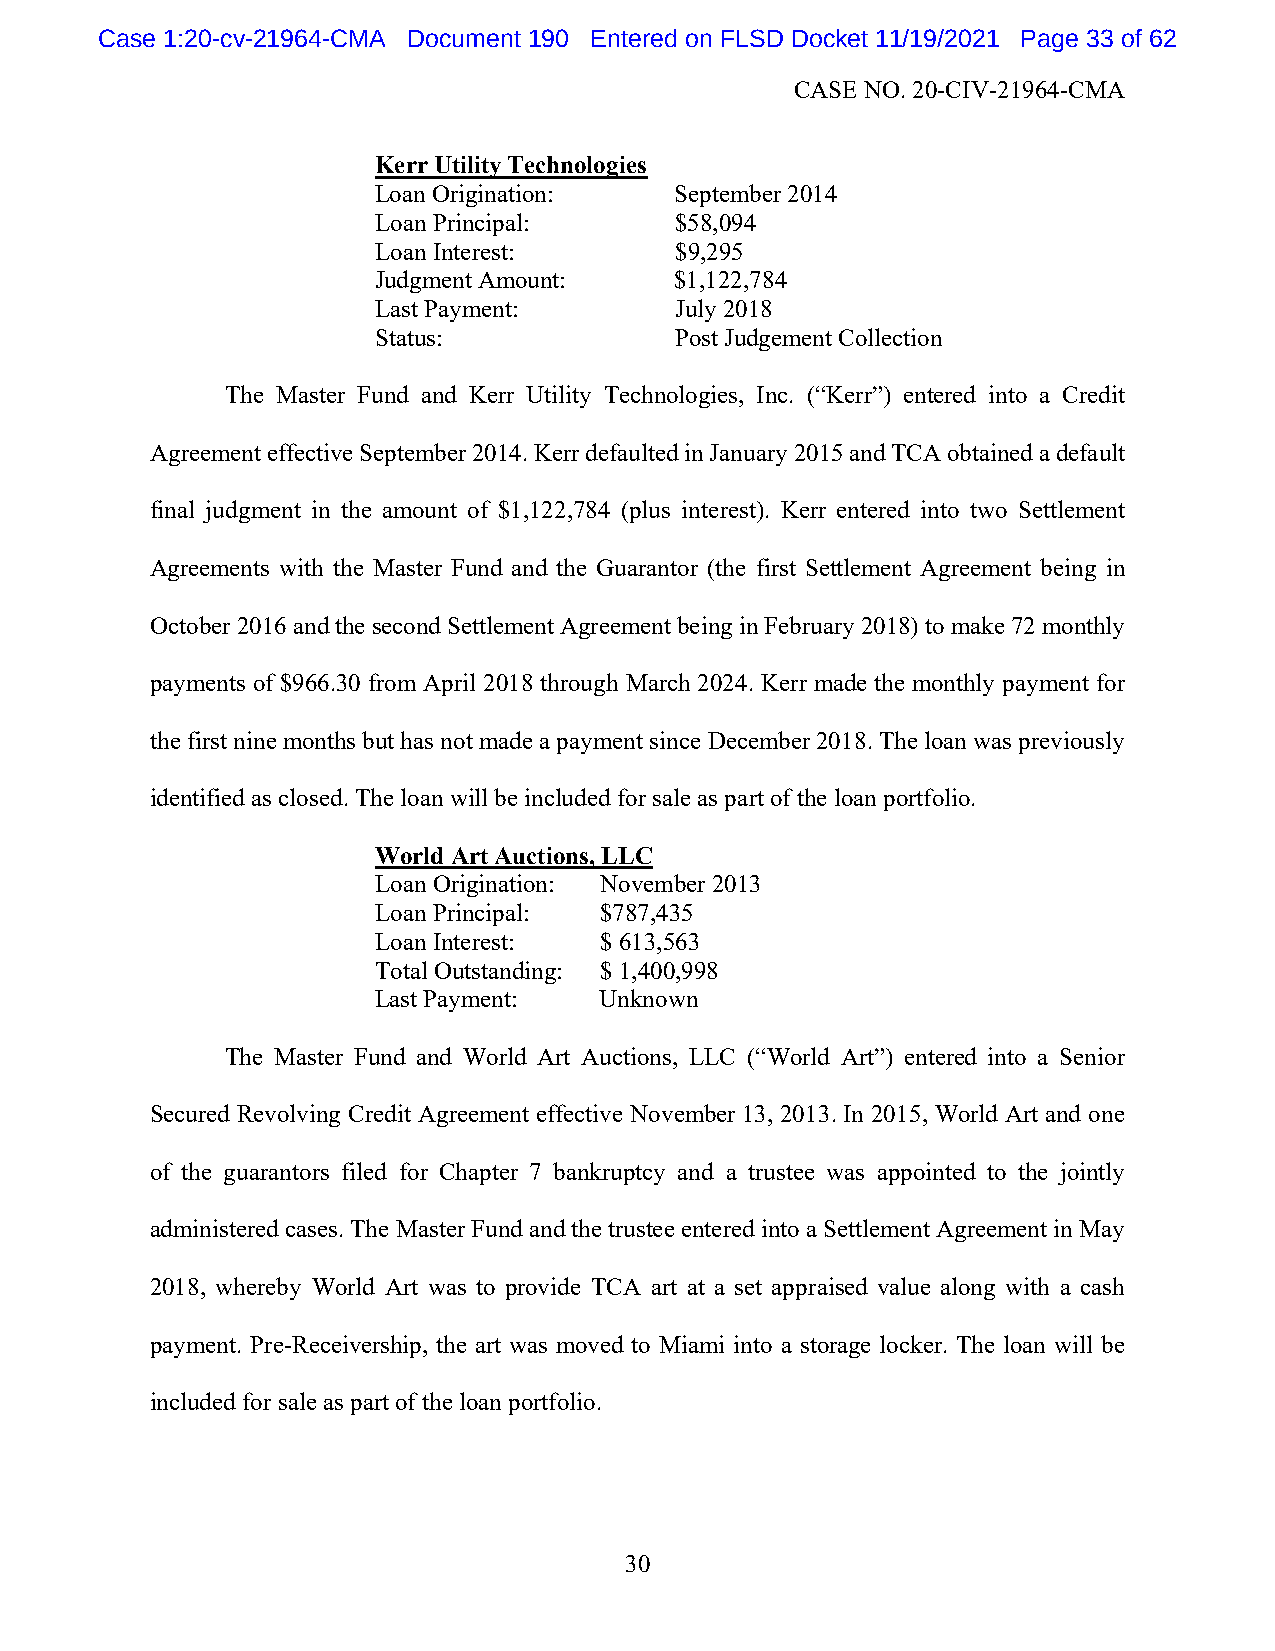
Case 1:20-cv-21964-CMA Document 190 Entered on FLSD Docket 11/19/2021 Page 33 of 62
 CASE NO. 20-CIV-21964-CMA
 Kerr Utility Technologies
 Loan Origination:   September 2014
 Loan Principal:     $58,094
 Loan Interest:      $9,295
 Judgment Amount:    $1,122,784
 Last Payment:       July 2018
 Status:             Post Judgement Collection
 The Master Fund and Kerr Utility Technologies, Inc. (“Kerr”) entered into a Credit
 Agreement effective September 2014. Kerr defaulted in January 2015 and TCA obtained a default
 final judgment in the amount of $1,122,784 (plus interest). Kerr entered into two Settlement
 Agreements with the Master Fund and the Guarantor (the first Settlement Agreement being in
 October 2016 and the second Settlement Agreement being in February 2018) to make 72 monthly
 payments of $966.30 from April 2018 through March 2024. Kerr made the monthly payment for
 the first nine months but has not made a payment since December 2018. The loan was previously
 identified as closed. The loan will be included for sale as part of the loan portfolio.
 World Art Auctions, LLC
 Loan Origination: November 2013
 Loan Principal: $787,435
 Loan Interest: $ 613,563
 Total Outstanding: $ 1,400,998
 Last Payment:  Unknown
 The Master Fund and World Art Auctions, LLC (“World Art”) entered into a Senior
 Secured Revolving Credit Agreement effective November 13, 2013. In 2015, World Art and one
 of the guarantors filed for Chapter 7 bankruptcy and a trustee was appointed to the jointly
 administered cases. The Master Fund and the trustee entered into a Settlement Agreement in May
 2018, whereby World Art was to provide TCA art at a set appraised value along with a cash
 payment. Pre-Receivership, the art was moved to Miami into a storage locker. The loan will be
 included for sale as part of the loan portfolio.
 30